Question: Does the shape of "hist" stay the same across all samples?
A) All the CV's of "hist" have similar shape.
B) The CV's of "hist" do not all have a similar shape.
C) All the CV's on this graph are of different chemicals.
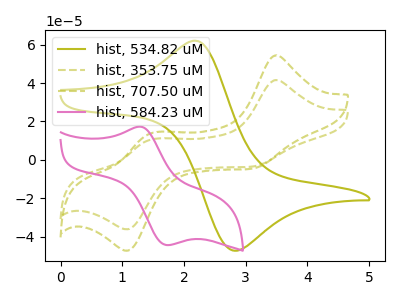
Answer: <think>The olive curve "hist, 534.82 uM" has an anodic peak at (2.25V, 61.80uA) and a cathodic peak at (2.80V, -47.35uA). The olive dashed curve "hist, 353.75 uM" has anodic peaks at (3.50V, 41.55uA) (1.45V, 10.60uA) and cathodic peaks at (3.10V, -3.55uA) (1.10V, -36.15uA). The olive dashed curve "hist, 707.50 uM" has anodic peaks at (3.50V, 54.40uA) (1.45V, 13.90uA) and cathodic peaks at (3.10V, -4.65uA) (1.10V, -47.30uA). The pink curve "hist, 584.23 uM" has an anodic peak at (1.25V, 17.30uA) and a cathodic peak at (1.70V, -44.40uA).
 "hist, 534.82 uM" and "hist, 353.75 uM" have a different number of peaks. "hist, 534.82 uM" and "hist, 707.50 uM" have a different number of peaks. "hist, 534.82 uM" and "hist, 584.23 uM" have at least one peak that do not match. All the peaks in "hist, 353.75 uM" have a peak in "hist, 707.50 uM" at the same potential. Every peak in "hist, 353.75 uM" is lower than every peak in "hist, 707.50 uM". "hist, 353.75 uM" and "hist, 584.23 uM" have a different number of peaks. "hist, 707.50 uM" and "hist, 584.23 uM" have a different number of peaks.</think>
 <answer>A) All the CV's of "hist" have similar shape.</answer>
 <eval>A</eval>